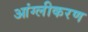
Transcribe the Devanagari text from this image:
आंग्लीकरण